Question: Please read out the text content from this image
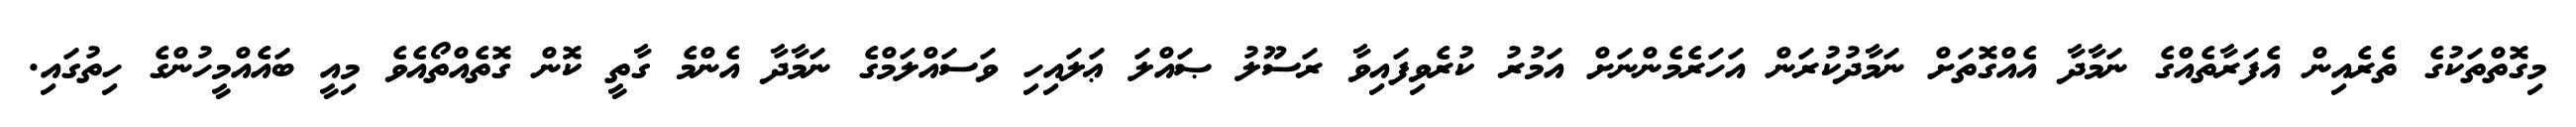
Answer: މިގޮތްތަކުގެ ތެރެއިން އެފަރާތެއްގެ ނަމާދާ އެއްގޮތަށް ނަމާދުކުރަން އަހަރެމެންނަށް އަމުރު ކުރެވިފައިވާ ރަސޫލު ޞައްލަ ޢަލައިހި ވަސައްލަމްގެ ނަމާދާ އެންމެ ގާތީ ކޮން ގޮތެއްތޯއެވެ މިއީ ބައެއްމީހުންގެ ހިތުގައި.